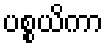
ပစ္စယိကာ